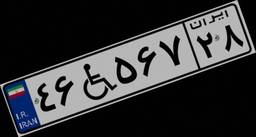
۴۶W۵۶۷۲۸